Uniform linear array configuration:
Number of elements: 32
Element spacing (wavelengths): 0.5
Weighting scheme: blackman
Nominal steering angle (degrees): -15
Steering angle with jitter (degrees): -15.625
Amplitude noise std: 0.05
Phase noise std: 0.05

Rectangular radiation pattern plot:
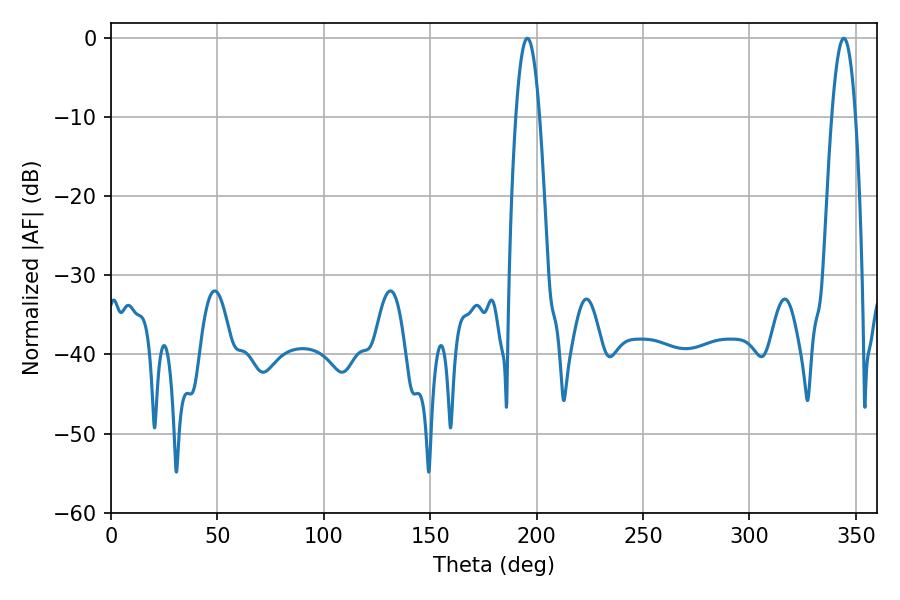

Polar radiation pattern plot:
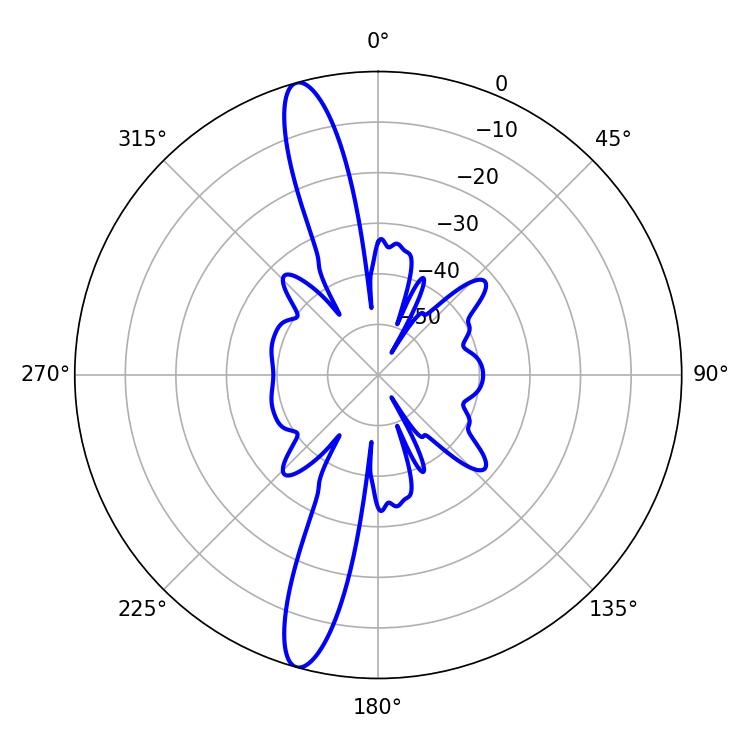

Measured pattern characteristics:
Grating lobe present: FALSE
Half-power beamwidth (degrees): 6.12
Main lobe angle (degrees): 195.66